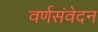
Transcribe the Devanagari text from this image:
वर्णसंवेदन